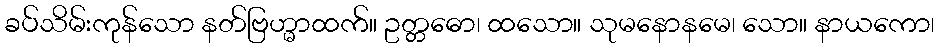
ခပ်သိမ်းကုန်သော နတ်ဗြဟ္မာထက်။ ဥတ္တဓော၊ ထသော။ သုမနောနမေ၊ သော။ နာယကော၊